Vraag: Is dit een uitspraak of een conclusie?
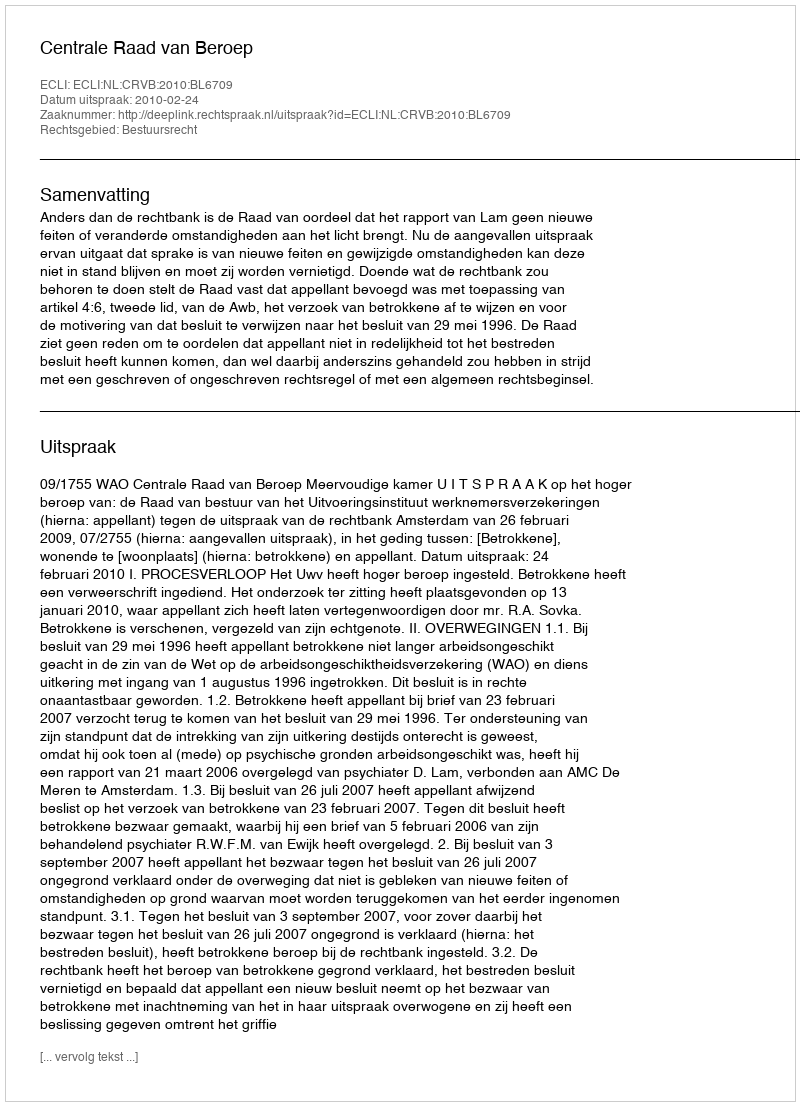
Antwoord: Uitspraak